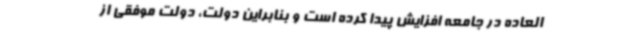
العاده در جامعه افزایش پیدا کرده است و بنابراین دولت، دولت موفقی از